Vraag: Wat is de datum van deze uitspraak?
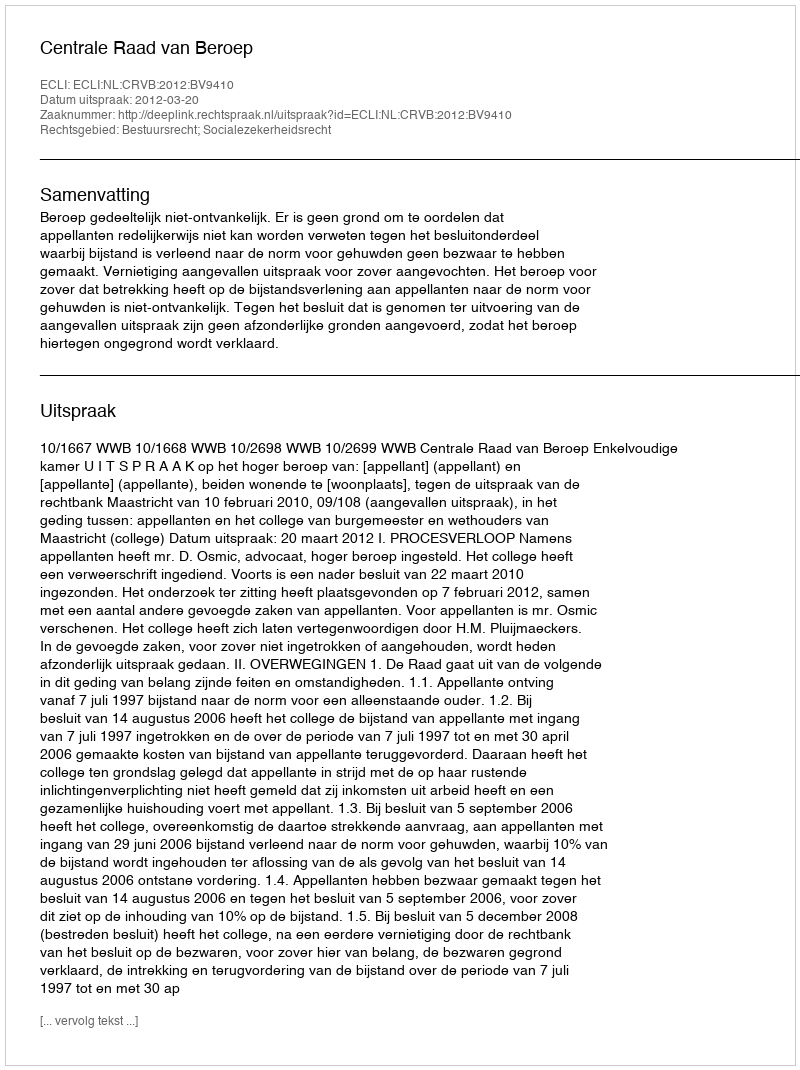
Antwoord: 2012-03-20